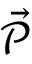
\vec { \mathcal P }